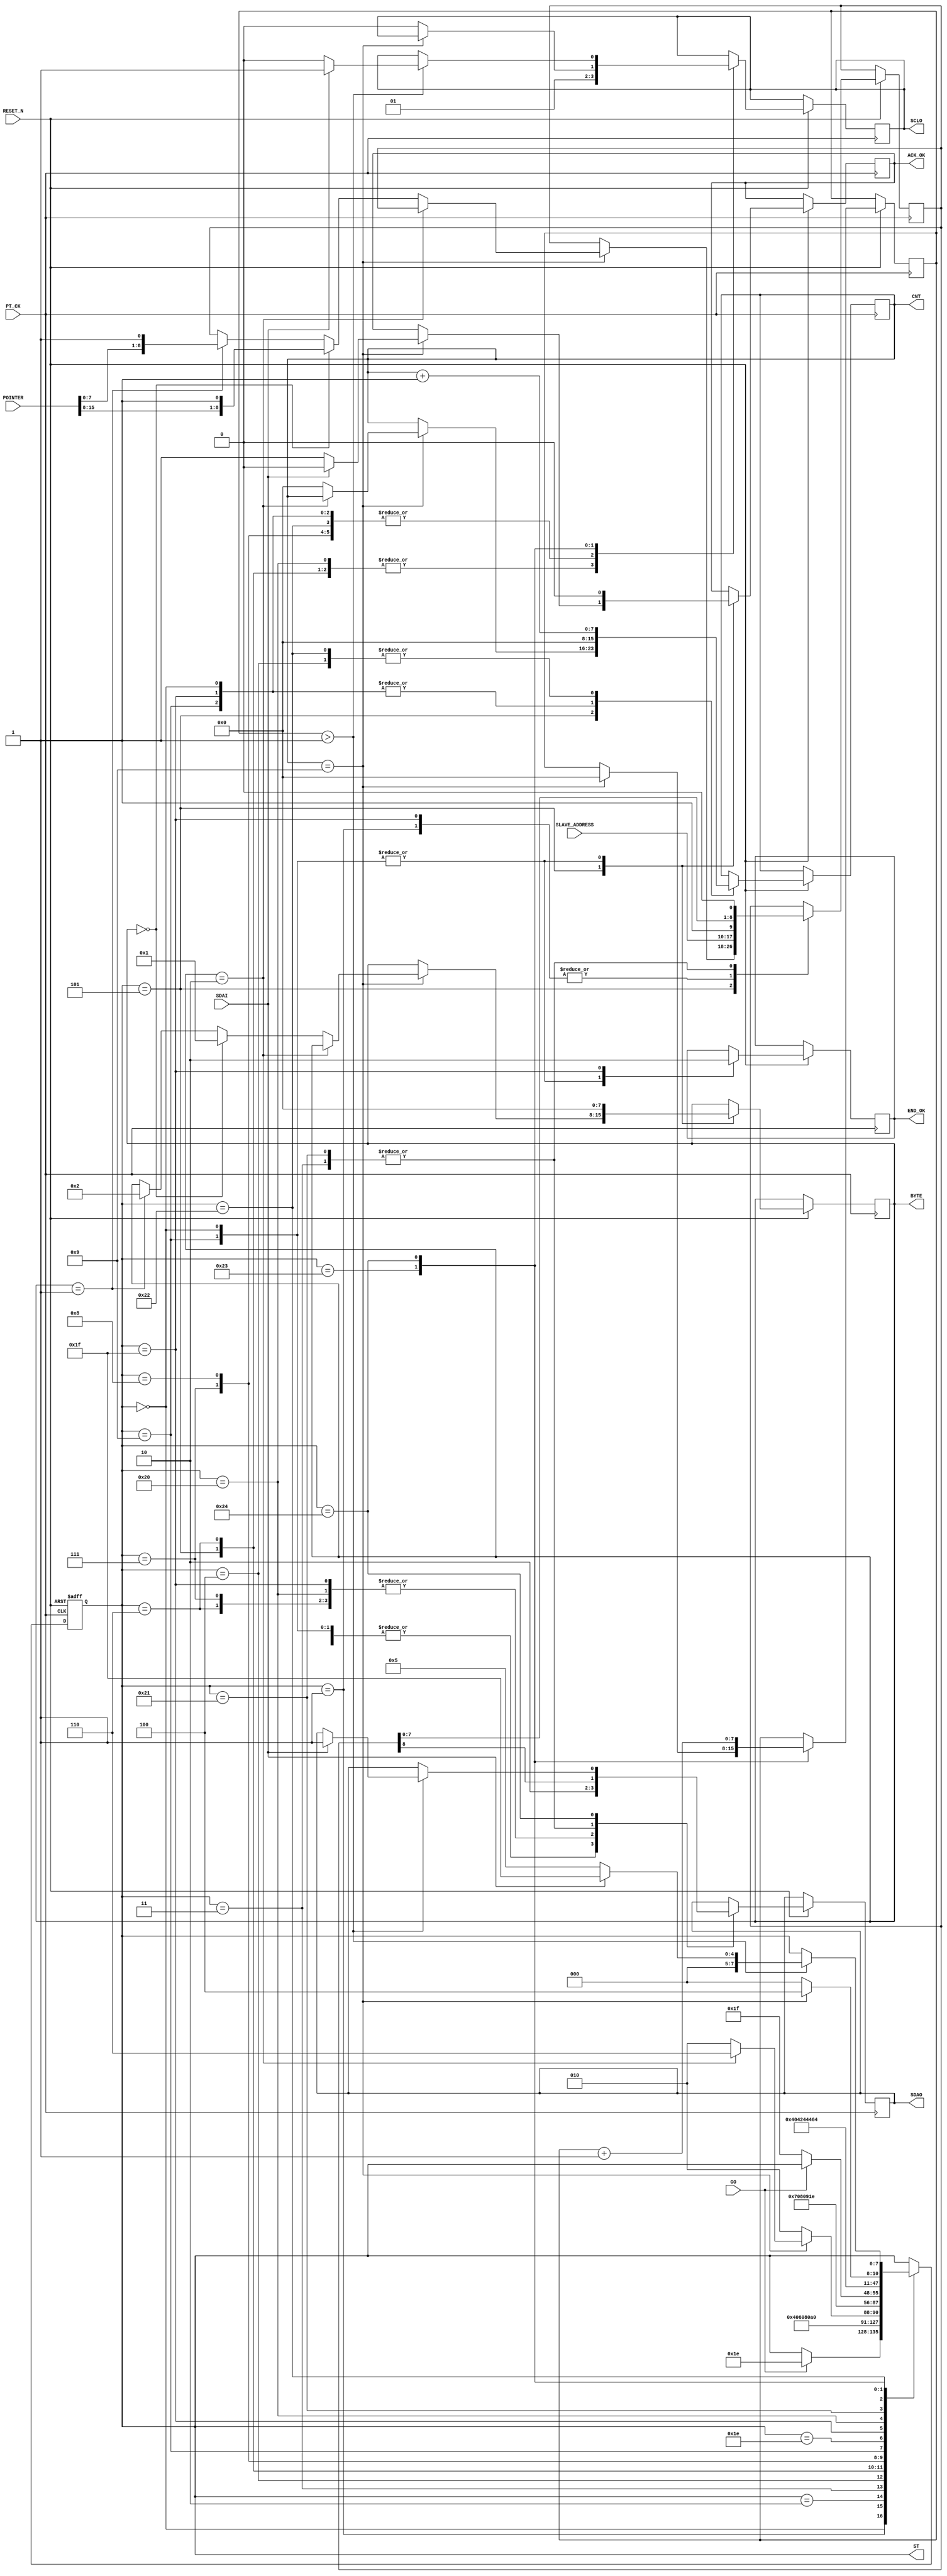
module I2C_WRITE_2POINTER_C  (
   input  				RESET_N ,
	input      			PT_CK,
	input      			GO,
	input      [15:0]	POINTER,
	input      [7:0]	SLAVE_ADDRESS,	
	input      			SDAI,
	output reg 			SDAO,
	output reg 			SCLO,
	output reg 			END_OK,
	
	//--for test 
	output reg [7:0]	ST ,
	output reg 			ACK_OK,
	output reg [7:0] 	CNT ,
	output reg [7:0] 	BYTE  
	
);

reg   [8:0]A ;
reg   [7:0]DELY ;


always @( negedge RESET_N or posedge  PT_CK )begin
if ( !RESET_N ) ST <=0;
else 
	  case (ST)
	    0: begin  //start 		      
		      SDAO   <=1; 
	         SCLO   <=1;
	         ACK_OK <=0;
	         CNT    <=0;
	         END_OK <=1;
	         BYTE   <=0;	
	         if (GO) ST  <=30 ; // inital 							
		    end	  
	    1: begin  //start 
		      ST <=2 ; 
			   { SDAO,  SCLO } <= 2'b01; 
				A <= {SLAVE_ADDRESS ,1'b1 };//WRITE COMMAND
		    end
	    2: begin  //start 
		      ST <=3 ; 
			   { SDAO,  SCLO } <= 2'b00; 
		    end			 
	    3: begin  //start 
		      ST <=4 ; 
			   { SDAO, A } <= { A ,1'b0 }; 
		    end
	    4: begin  //start 
		      ST <=5 ; 
			   SCLO <= 1'b1 ; 
				CNT <= CNT +1 ;
		    end
			 
	    5: begin  
			 SCLO <= 1'b0 ; 
			 if (CNT==9) begin
				      if ( BYTE ==2)  ST <= 6 ; 
					   else  
						begin 
							CNT <=0 ; 
							     if  (BYTE ==0)  begin  A <= {POINTER[15:8] ,1'b1 };   BYTE <=1 ; end 
							else if  (BYTE ==1)  begin  A <= {POINTER[7:0] ,1'b1 };    BYTE <=2 ; end 
							ST <= 2 ; 
						end
					   if   ( !SDAI ) ACK_OK <=1 ; 
					   else  ACK_OK <=0 ; 
				 end
			 else ST <= 2;
		    end
	    6: begin          //stop
				ST <=7 ; 
			   {SDAO,SCLO } <= 2'b00; 
         end

	    7: begin          //stop
		      ST <=8 ; 
			   {SDAO,SCLO } <= 2'b01; 
         end
	    8: begin          //stop
		      ST <=9 ; 
			   {SDAO,SCLO } <= 2'b11; 						
         end //stop
		9:	begin
		      ST     <= 30; 
		      SDAO   <=1; 
	         SCLO   <=1;
	         ACK_OK <=0;
	         CNT    <=0;
	         END_OK <=1;
	         BYTE   <=0;					
		     end
		//--- END ---
		30: begin
            if (!GO) ST  <=31;
          end
	  //---SLEEP UP-----		 
	    31: begin  //
		      END_OK<=0;
				CNT <=0 ; 
		      ST <=32 ; 
			   { SDAO,  SCLO } <= 2'b01; 
				A <= {SLAVE_ADDRESS ,1'b1 };//WRITE COMMAND
		    end
	    32: begin  //start 
		      ST <=33 ; 
			   { SDAO,  SCLO } <= 2'b00; 
		    end			 
	    33: begin  //start 
		      ST <=34 ; 
			   { SDAO, A } <= { A ,1'b0 }; 
		    end
	    34: begin  //start 
		      ST <=35 ; 
			   SCLO <= 1'b1 ; 
				CNT <= CNT +1 ;
		    end
			 
	    35: begin  
			  
			  if (CNT==9)  begin DELY<=0;  ST <= 36;end 
			  else begin ST <= 32; SCLO <= 1'b0 ; end 
		    end	
 			 
	    36: begin  
		         DELY<=DELY+1;
				   if ( DELY > 1 )  begin 
				         if ( SDAI==1 ) begin ST <= 31 ;  { SDAO,  SCLO } <= 2'b11; end
			            else  begin ST <=5 ;SCLO <= 1'b0;  end 
			      end
				end	
	  endcase 
 end
 
endmodule